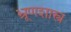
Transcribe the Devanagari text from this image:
भ्रूणशास्त्र